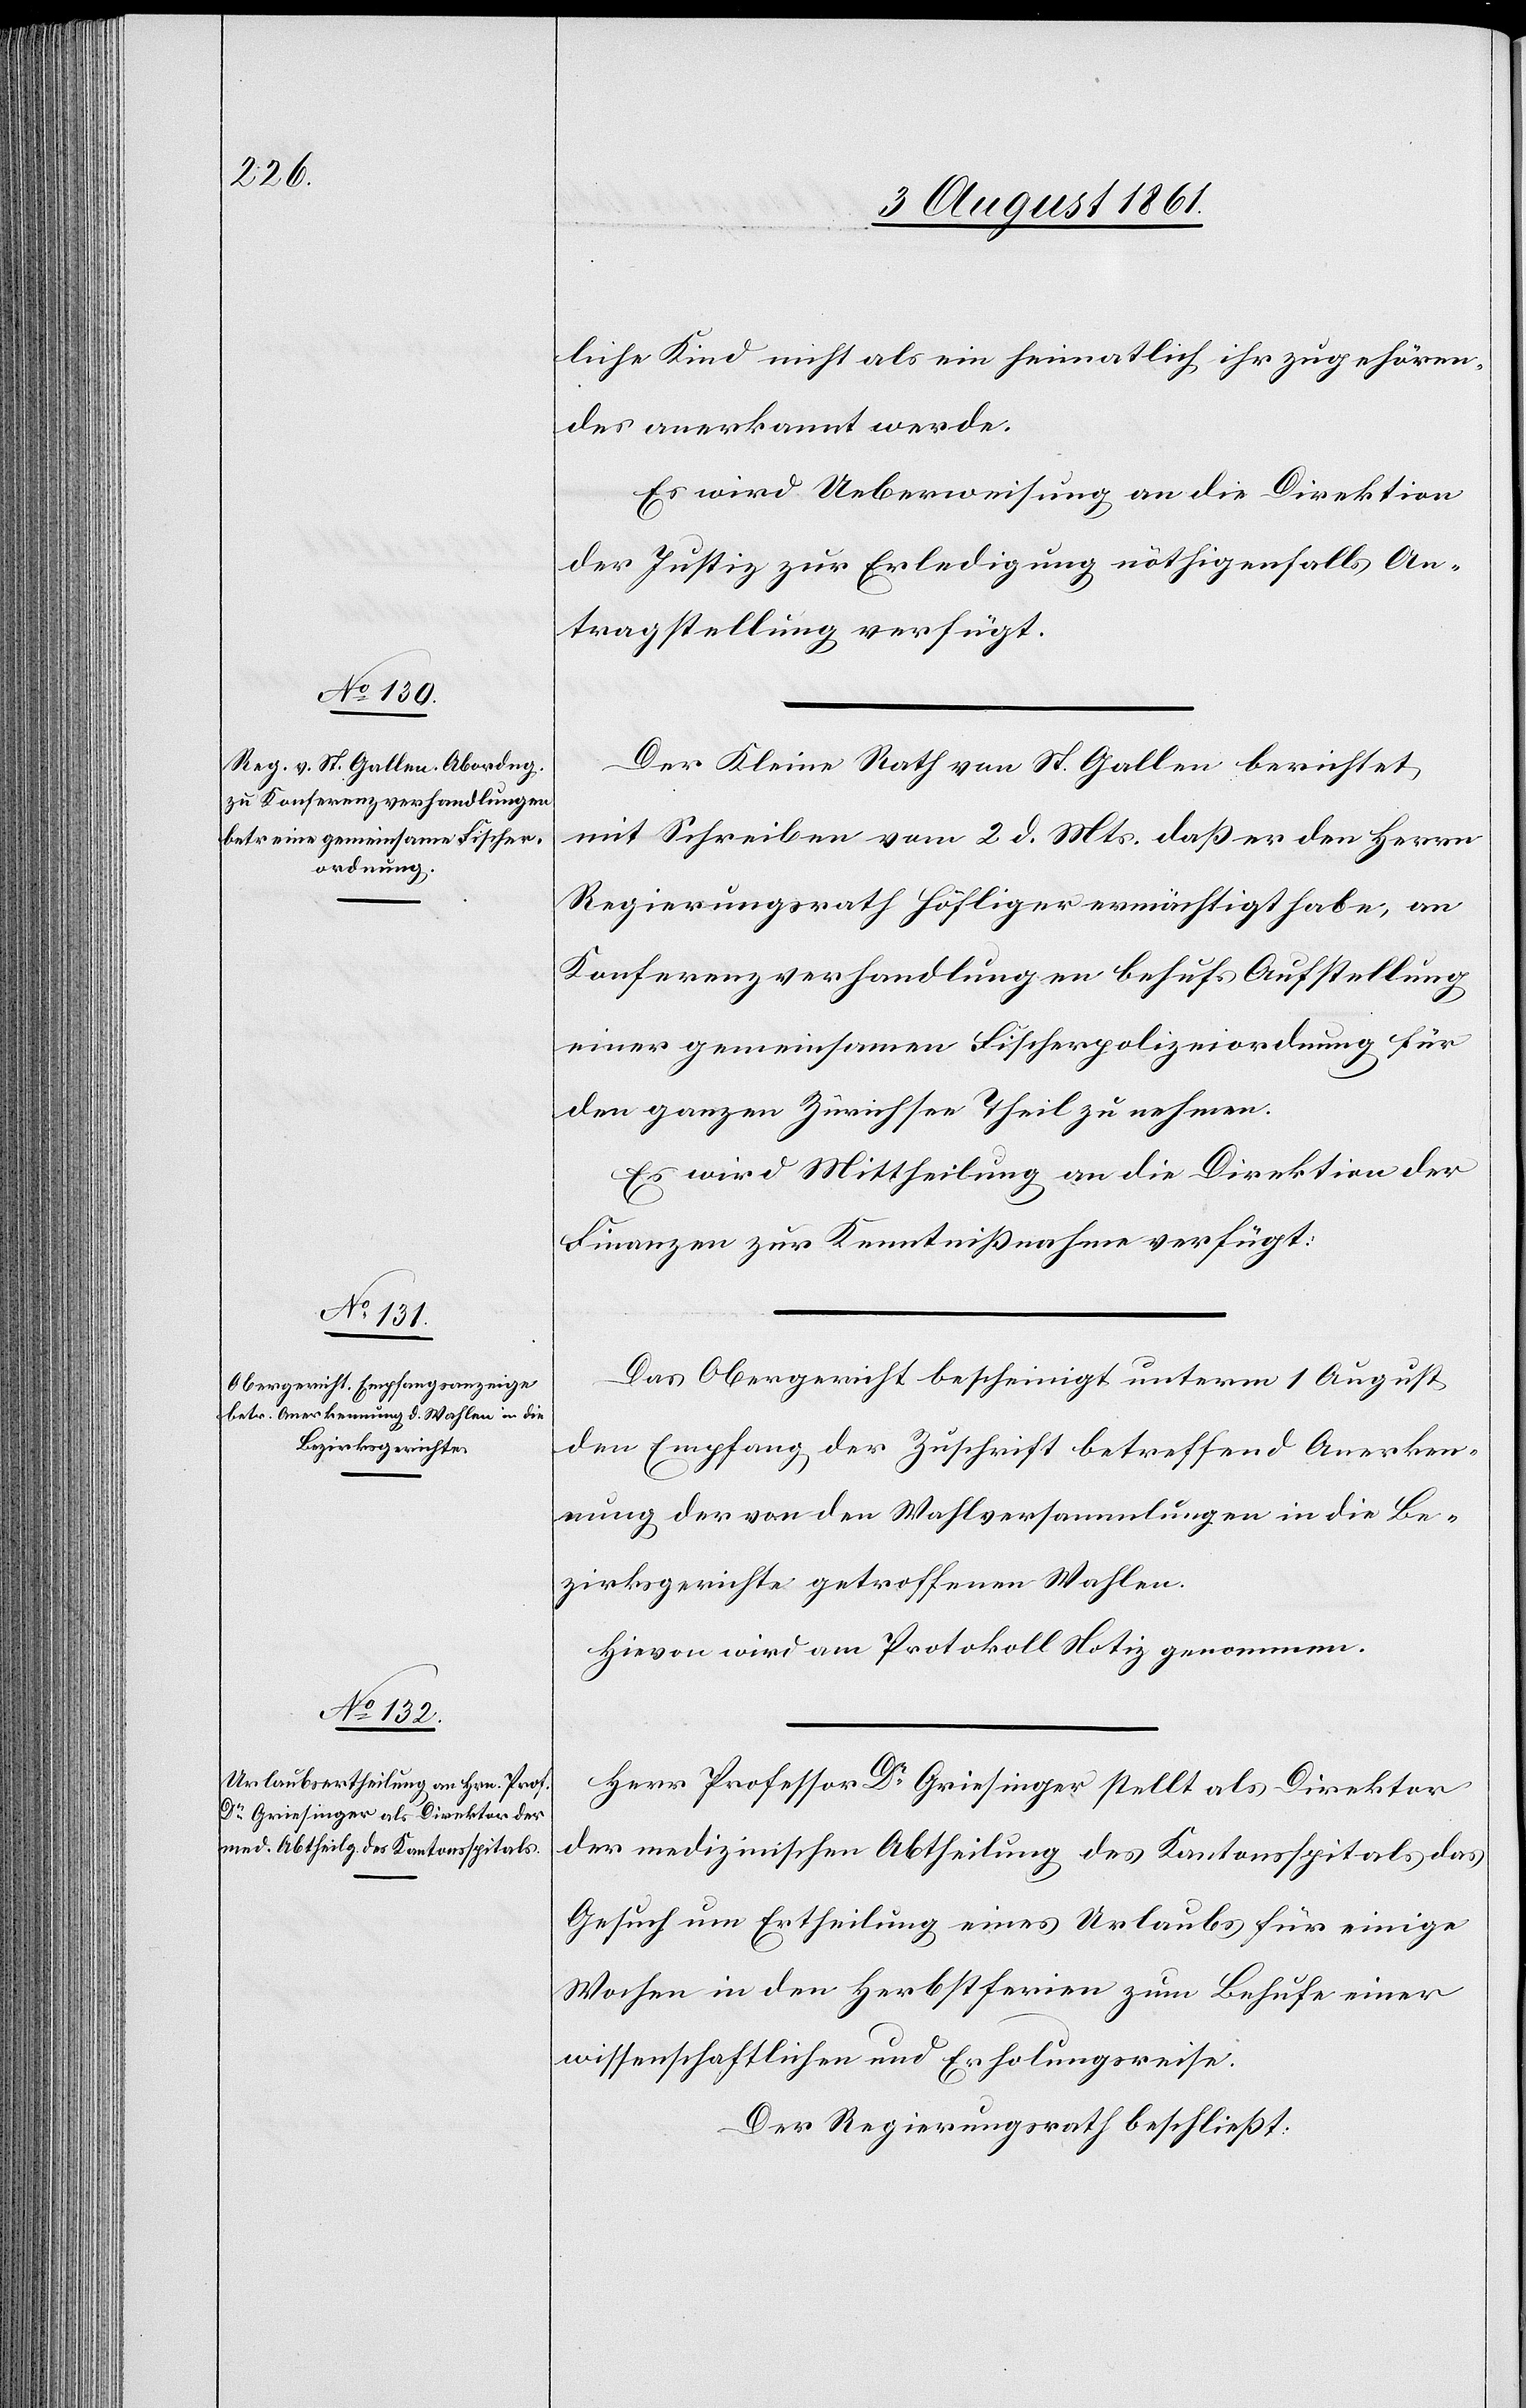
liche Kind nicht als ein heimatlich ihr zugehören¬
des anerkannt werde.
Es wird Ueberweisung an die Direktion
der Justiz zur Erledigung nöthigenfalls An¬
tragstellung verfügt.
Der Kleine Rath von St. Gallen berichtet
mit Schreiben vom 2 d. Mts. daß er den Herrn
Regierungsrath Höflinger ermächtigt habe, an
Konferenzverhandlungen behufs Aufstellung
einer gemeinsamen Fischerpolizeiordnung für
den ganzen Zürichsee Theil zu nehmen.
Es wird Mittheilung an die Direktion der
Finanzen zur Kenntnißnahme verfügt:
Das Obergericht bescheinigt unterm 1 August
den Empfang der Zuschrift betreffend Anerken¬
nung der von den Wahlversammlungen in die Be¬
zirksgerichte getroffenen Wahlen.
Hievon wird am Protokoll Notiz genommen.
Herr Professor Dr Griesinger stellt als Direktor
der medizinischen Abtheilung des Kantonsspitals das
Gesuch um Ertheilung eines Urlaubs für einige
Wochen in den Herbstferien zum Behufe einer
wissenschaftlichen und Erholungsreise.
Der Regierungsrath beschließt: